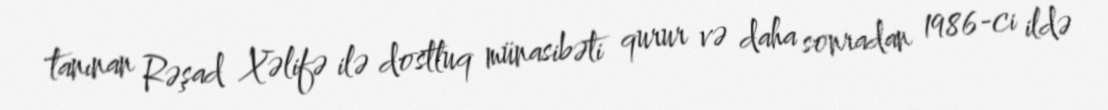
tanınan Rəşad Xəlifə ilə dostluq münasibəti qurur və daha sonradan 1986-ci ildə